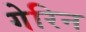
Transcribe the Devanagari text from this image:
गेरिन